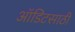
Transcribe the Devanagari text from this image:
ऑडिटसाठी